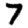
Digit: 7